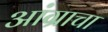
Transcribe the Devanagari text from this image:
आंग्राचा